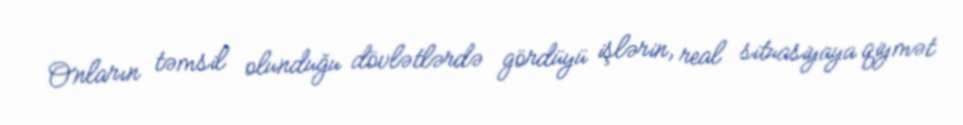
Onların təmsil olunduğu dövlətlərdə gördüyü işlərin, real situasiyaya qiymət